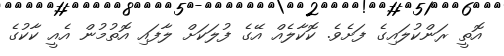
އޮތީ ރަންކުލައިގެ ފަށެވެ. ކޮކާލެއް އޭގެ ފުލަކަށް ލާފައި އޮތުމުން އެއީ ކާކުގެ